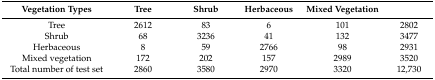
<table><thead><tr><td><b>Vegetation Types</b></td><td><b>Tree</b></td><td><b>Shrub</b></td><td><b>Herbaceous</b></td><td><b>Mixed Vegetation</b></td><td></td></tr></thead><tbody><tr><td>Tree</td><td>2612</td><td>83</td><td>6</td><td>101</td><td>2802</td></tr><tr><td>Shrub</td><td>68</td><td>3236</td><td>41</td><td>132</td><td>3477</td></tr><tr><td>Herbaceous</td><td>8</td><td>59</td><td>2766</td><td>98</td><td>2931</td></tr><tr><td>Mixed vegetation</td><td>172</td><td>202</td><td>157</td><td>2989</td><td>3520</td></tr><tr><td>Total number of test set</td><td>2860</td><td>3580</td><td>2970</td><td>3320</td><td>12,730</td></tr></tbody></table>